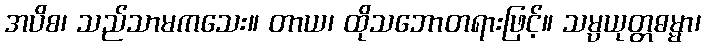
အပိစ၊ သည်သာမကသေး။ တာယ၊ ထိုသဘောတရားဖြင့်။ သမ္ပယုတ္တဓမ္မာ၊